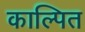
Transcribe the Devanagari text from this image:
काल्पित